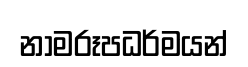
නාමරූපධර්මයන්